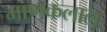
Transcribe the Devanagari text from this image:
माणकलाल